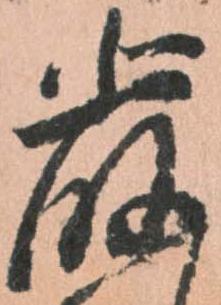
厳